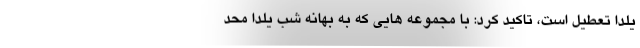
یلدا تعطیل است، تاکید کرد: با مجموعه هایی که به بهانه شب یلدا محد